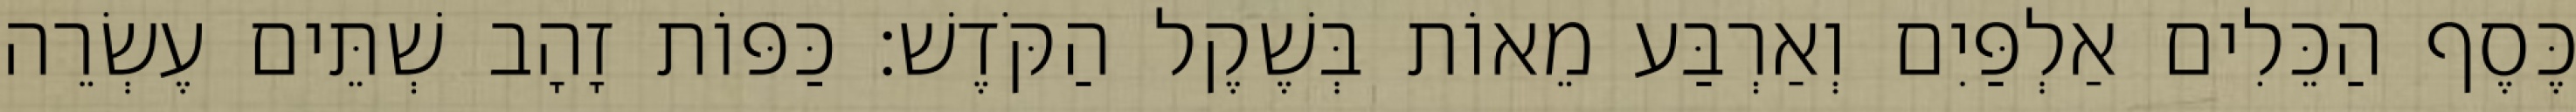
כֶּסֶף הַכֵּלִים אַלְפַּיִם וְאַרְבַּע מֵאוֹת בְּשֶׁקֶל הַקֹּדֶשׁ׃ כַּפּוֹת זָהָב שְׁתֵּים עֶשְׂרֵה